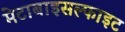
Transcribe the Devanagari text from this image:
मेटाबाइसल्फाइट